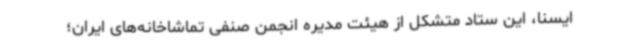
ایسنا، این ستاد متشکل از هیئت مدیره انجمن صنفی تماشاخانه‌های ایران؛